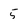
Character: 5